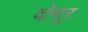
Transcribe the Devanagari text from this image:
दोनूर